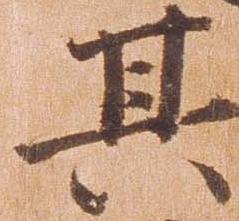
其